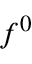
f ^ { 0 }